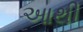
આથી